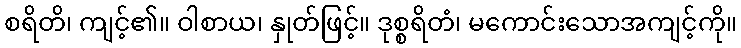
စရိတိ၊ ကျင့်၏။ ဝါစာယ၊ နှုတ်ဖြင့်။ ဒုစ္စရိတံ၊ မကောင်းသောအကျင့်ကို။